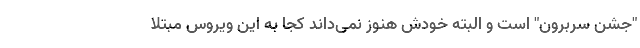
"جشن سربرون" است و البته خودش هنوز نمی‌داند کجا به این ویروس مبتلا